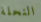
النحلة